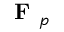
\textbf { F } _ { p }